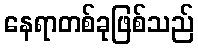
နေရာတစ်ခုဖြစ်သည်